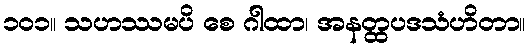
၁၀၁။ သဟဿမပိ စေ ဂါထာ၊ အနတ္ထပဒသံဟိတာ။